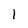
Character: l